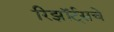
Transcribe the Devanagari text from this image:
रिझॉर्ट्‌सचे